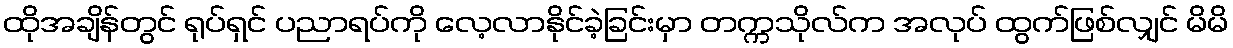
ထိုအချိန်တွင် ရုပ်ရှင် ပညာရပ်ကို လေ့လာနိုင်ခဲ့ခြင်းမှာ တက္ကသိုလ်က အလုပ် ထွက်ဖြစ်လျှင် မိမိ